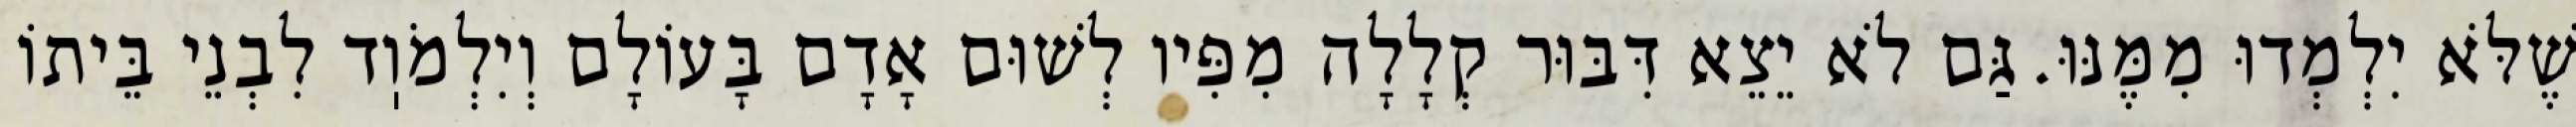
שֶׁלֹּא יִלְמְדוּ מִמֶּנּוּ. גַּם לֹא יֵצֵא דִּבּוּר קְלָלָה מִפִּיו לְשׁוּם אָדָם בָּעוֹלָם וְיִלְמֹוֽד לִבְנֵי בֵּיתוֹ